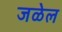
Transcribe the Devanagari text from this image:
जळेल